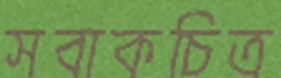
সবাকচিত্র